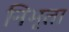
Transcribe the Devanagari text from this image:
निभृता